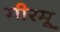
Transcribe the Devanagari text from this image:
गीरमू